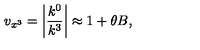
v _ { x ^ { 3 } } = \left| \frac { k ^ { 0 } } { k ^ { 3 } } \right| \approx 1 + \theta B ,